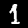
Digit: 1